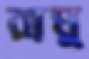
রাঘু